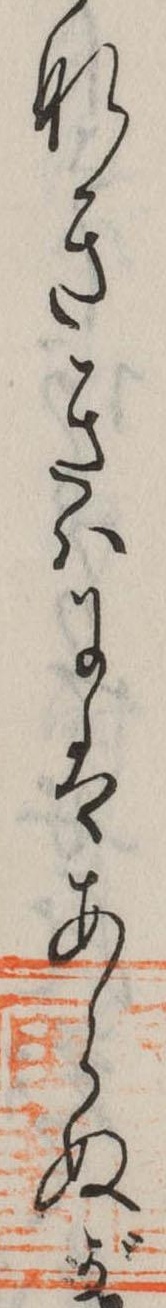
なききはにはあらぬが